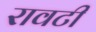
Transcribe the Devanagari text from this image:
रावटी